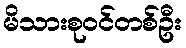
မိသားစုဝင်တစ်ဦး